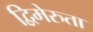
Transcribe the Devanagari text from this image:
द्विमेरुता